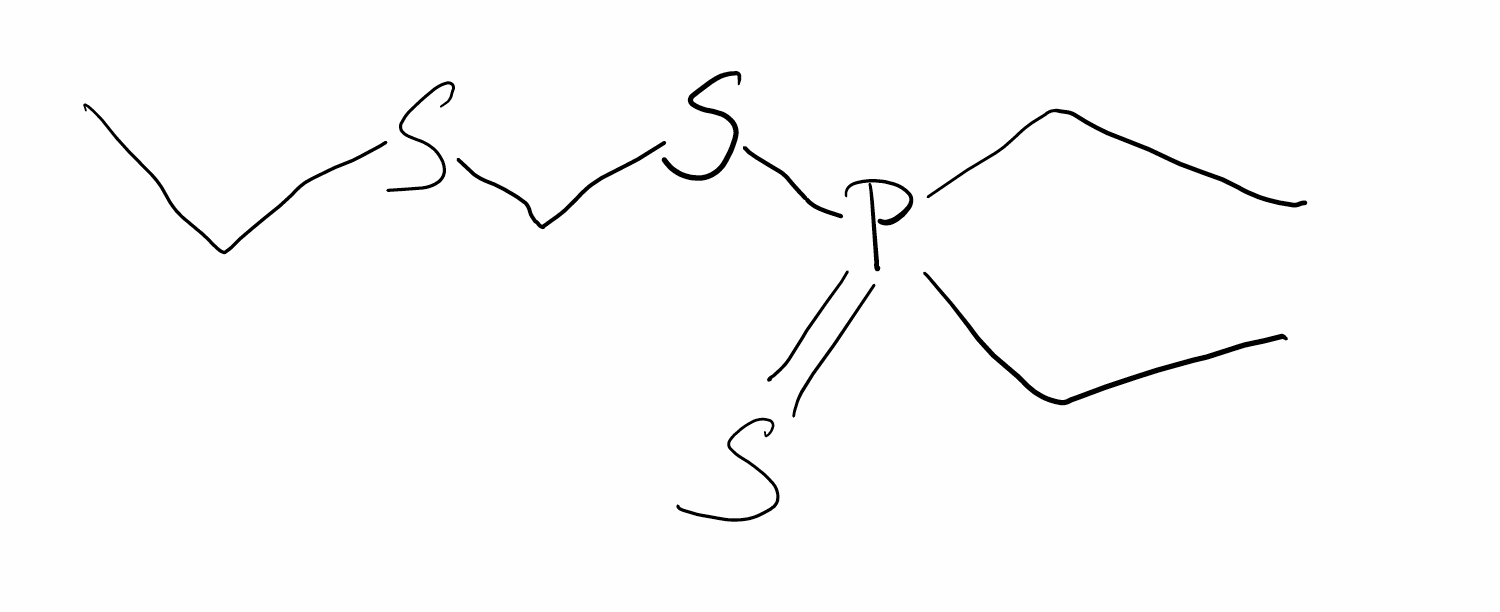
Simplified molecular-input line-entry system (SMILES) notation of the given molecule:
CCP(=S)(CC)SCSCC